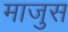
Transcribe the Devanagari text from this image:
माजुस